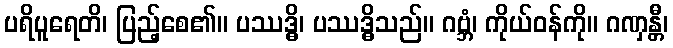
ပရိပူရေတိ၊ ပြည့်စေ၏။ ပဿဒ္ဓိ၊ ပဿဒ္ဓိသည်။ ဂဗ္ဘံ၊ ကိုယ်ဝန်ကို။ ဂဏှန္တီ၊